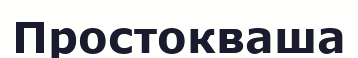
Простокваша